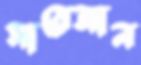
সারেজান